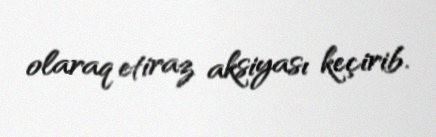
olaraq etiraz aksiyası keçirib.